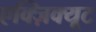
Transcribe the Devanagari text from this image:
एक्ज़िक्यूट